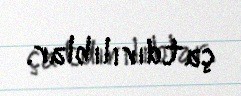
çatdırılıblar.